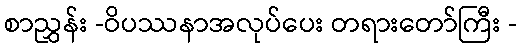
စာညွှန်း -ဝိပဿနာအလုပ်ပေး တရားတော်ကြီး -